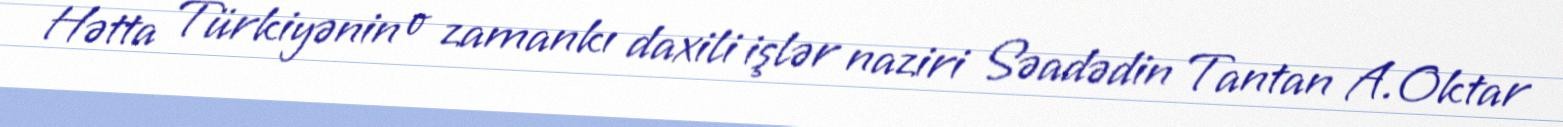
Hətta Türkiyənin o zamankı daxili işlər naziri Səadədin Tantan A.Oktar